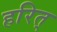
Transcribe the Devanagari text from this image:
हरित्‌